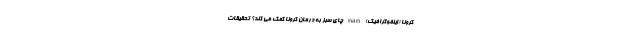
کرونا (اینفوگرافیک) nan چای سبز به درمان کرونا کمک می کند؟ تحقیقات